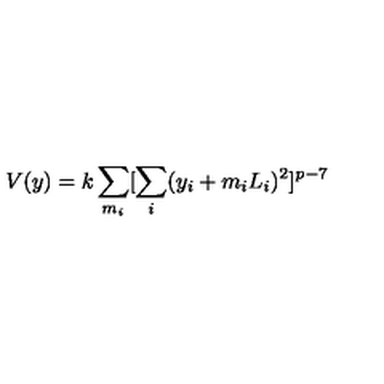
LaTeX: V ( y ) = k \sum _ { m _ { i } } [ \sum _ { i } ( y _ { i } + m _ { i } L _ { i } ) ^ { 2 } ] ^ { p - 7 }